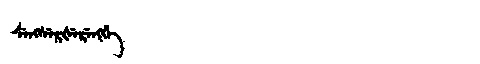
Manchu: ᠰᡝᠩᠰᡝᡵᡧᡝᡵᡝᠩᡤᡝ
Romanization: SENGSERŠERENGGE